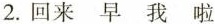
2. 回来 早 我 啦